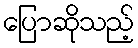
ပြောဆိုသည့်